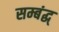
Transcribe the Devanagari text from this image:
सम्बंद्ध्